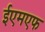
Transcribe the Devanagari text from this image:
ईएमएफ